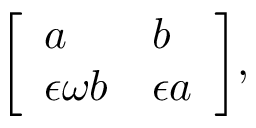
{ \left[ \begin{array} { l l } { a } & { b } \\ { \epsilon \omega b } & { \epsilon a } \end{array} \right] } ,